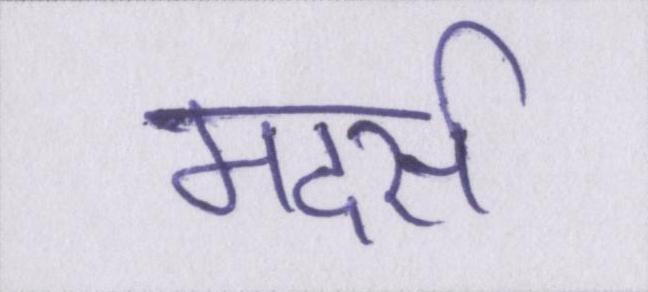
मदर्स